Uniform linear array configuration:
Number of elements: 8
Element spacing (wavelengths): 0.25
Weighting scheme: cosine
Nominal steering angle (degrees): -30
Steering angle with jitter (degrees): -29.64
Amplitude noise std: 0.05
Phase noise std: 0.05

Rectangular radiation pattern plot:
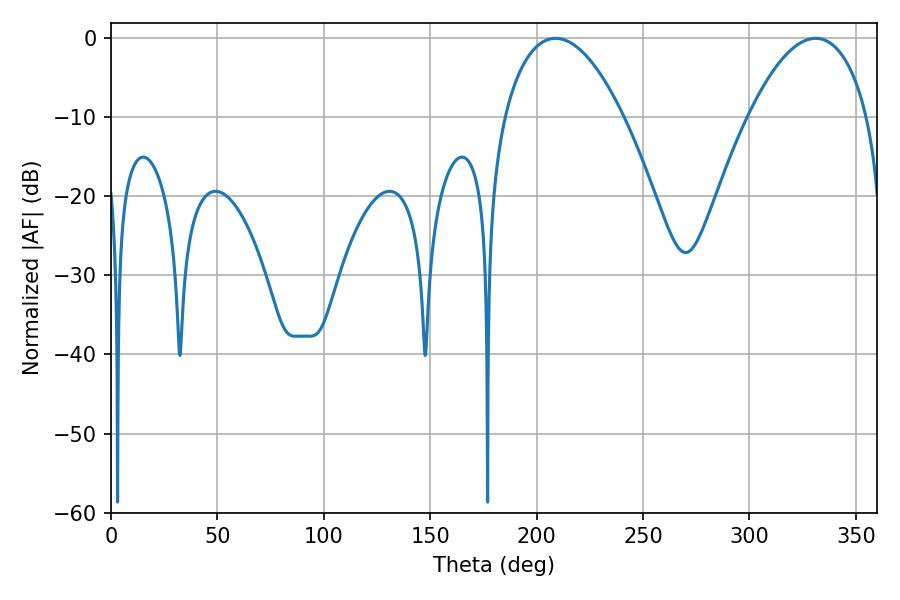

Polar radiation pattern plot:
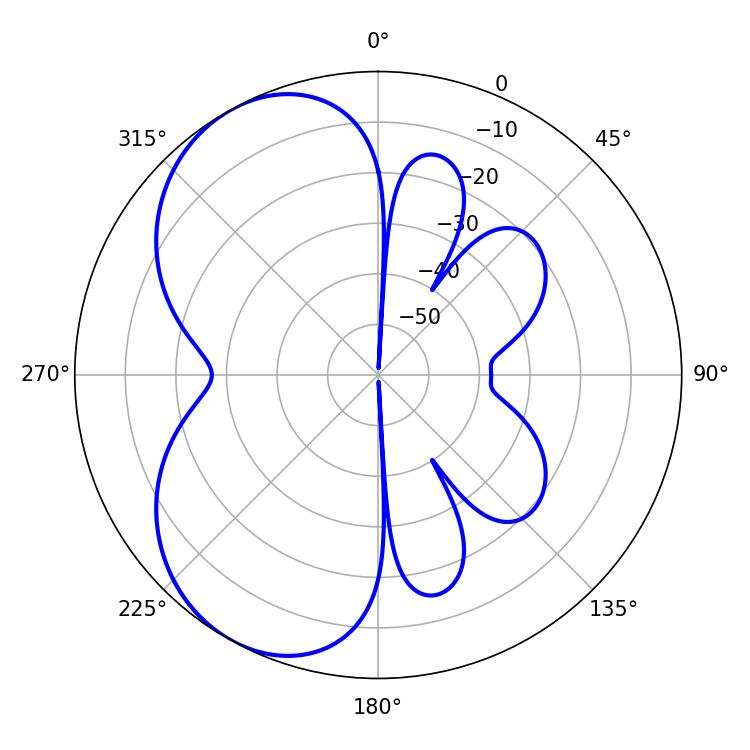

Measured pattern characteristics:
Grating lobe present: FALSE
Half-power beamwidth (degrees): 31.14
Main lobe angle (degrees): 208.8